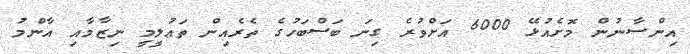
އިންސާނުން މޮށެއުޅޭ 6000 އަށްވުރެ ގިނަ ބަސްބަހުގެ ތެރެއިން ތަޢުލީމީ ނިޒާމާއި އާންމު